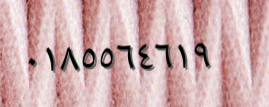
٠١٨٥٥٦٤٦١٩